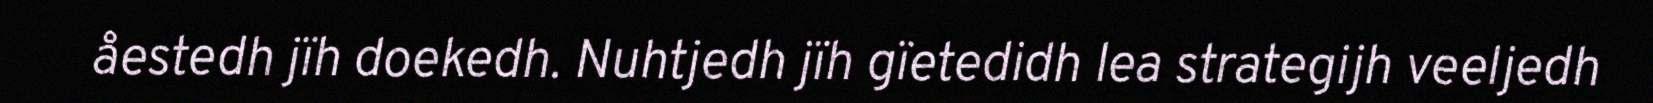
åestedh jïh doekedh. Nuhtjedh jïh gïetedidh lea strategijh veeljedh